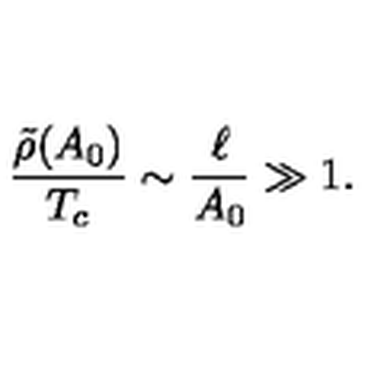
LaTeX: \frac { \tilde { \rho } ( A _ { 0 } ) } { T _ { c } } \sim \frac { \ell } { A _ { 0 } } \gg 1 .